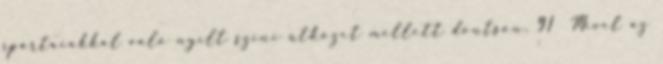
spártaiakkal való nyílt színi ütközet mellett döntsön. 91 Mivel az